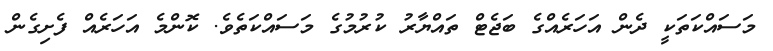
މަސައްކަތަކީ ދެން އަހަރެއްގެ ބަޖެޓް ތައްޔާރު ކުރުމުގެ މަސައްކަތެވެ. ކޮންމެ އަހަރެއް ފެށިގެން